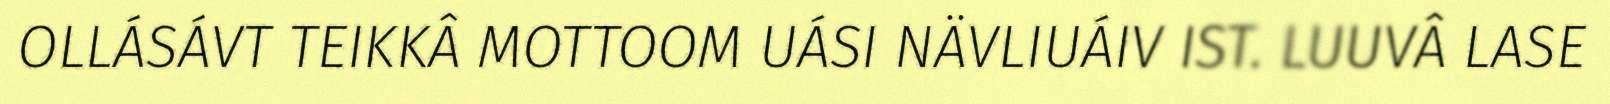
OLLÁSÁVT TEIKKÂ MOTTOOM UÁSI NÄVLIUÁIV IST. LUUVÂ LASE